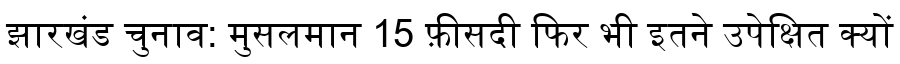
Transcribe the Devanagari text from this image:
झारखंड चुनाव: मुसलमान 15 फ़ीसदी फिर भी इतने उपेक्षित क्यों